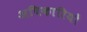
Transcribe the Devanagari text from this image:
अघिकारियों